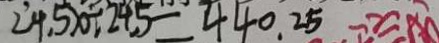
2 4 . 5 x \div 2 4 . 5 = 4 4 0 . 2 5